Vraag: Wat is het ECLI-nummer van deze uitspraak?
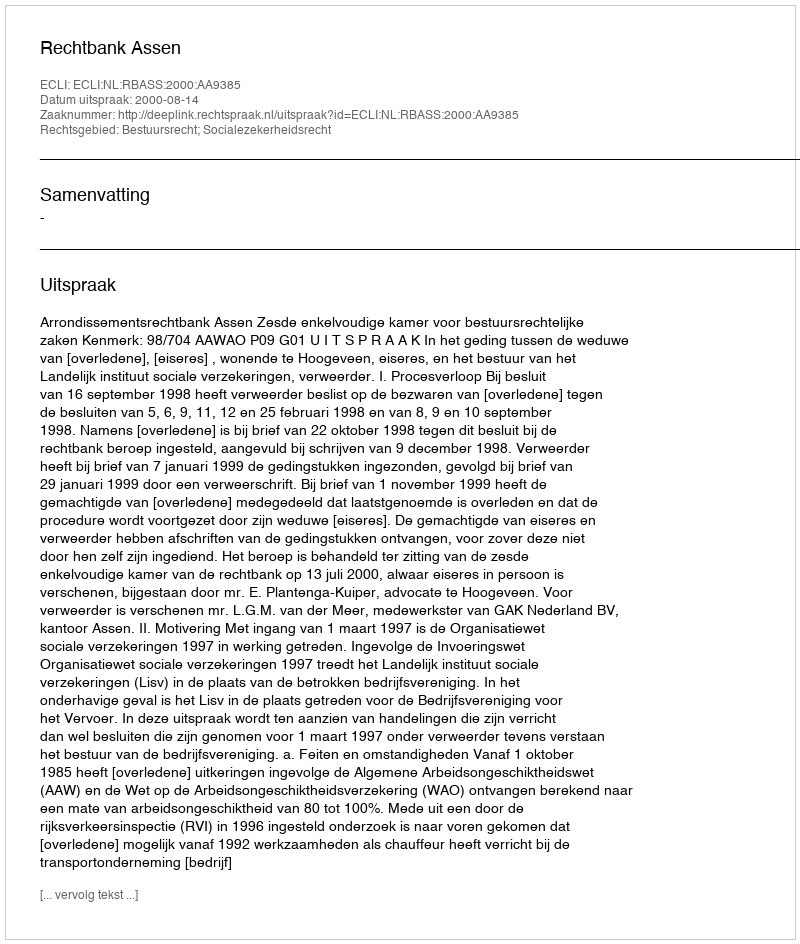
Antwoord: ECLI:NL:RBASS:2000:AA9385